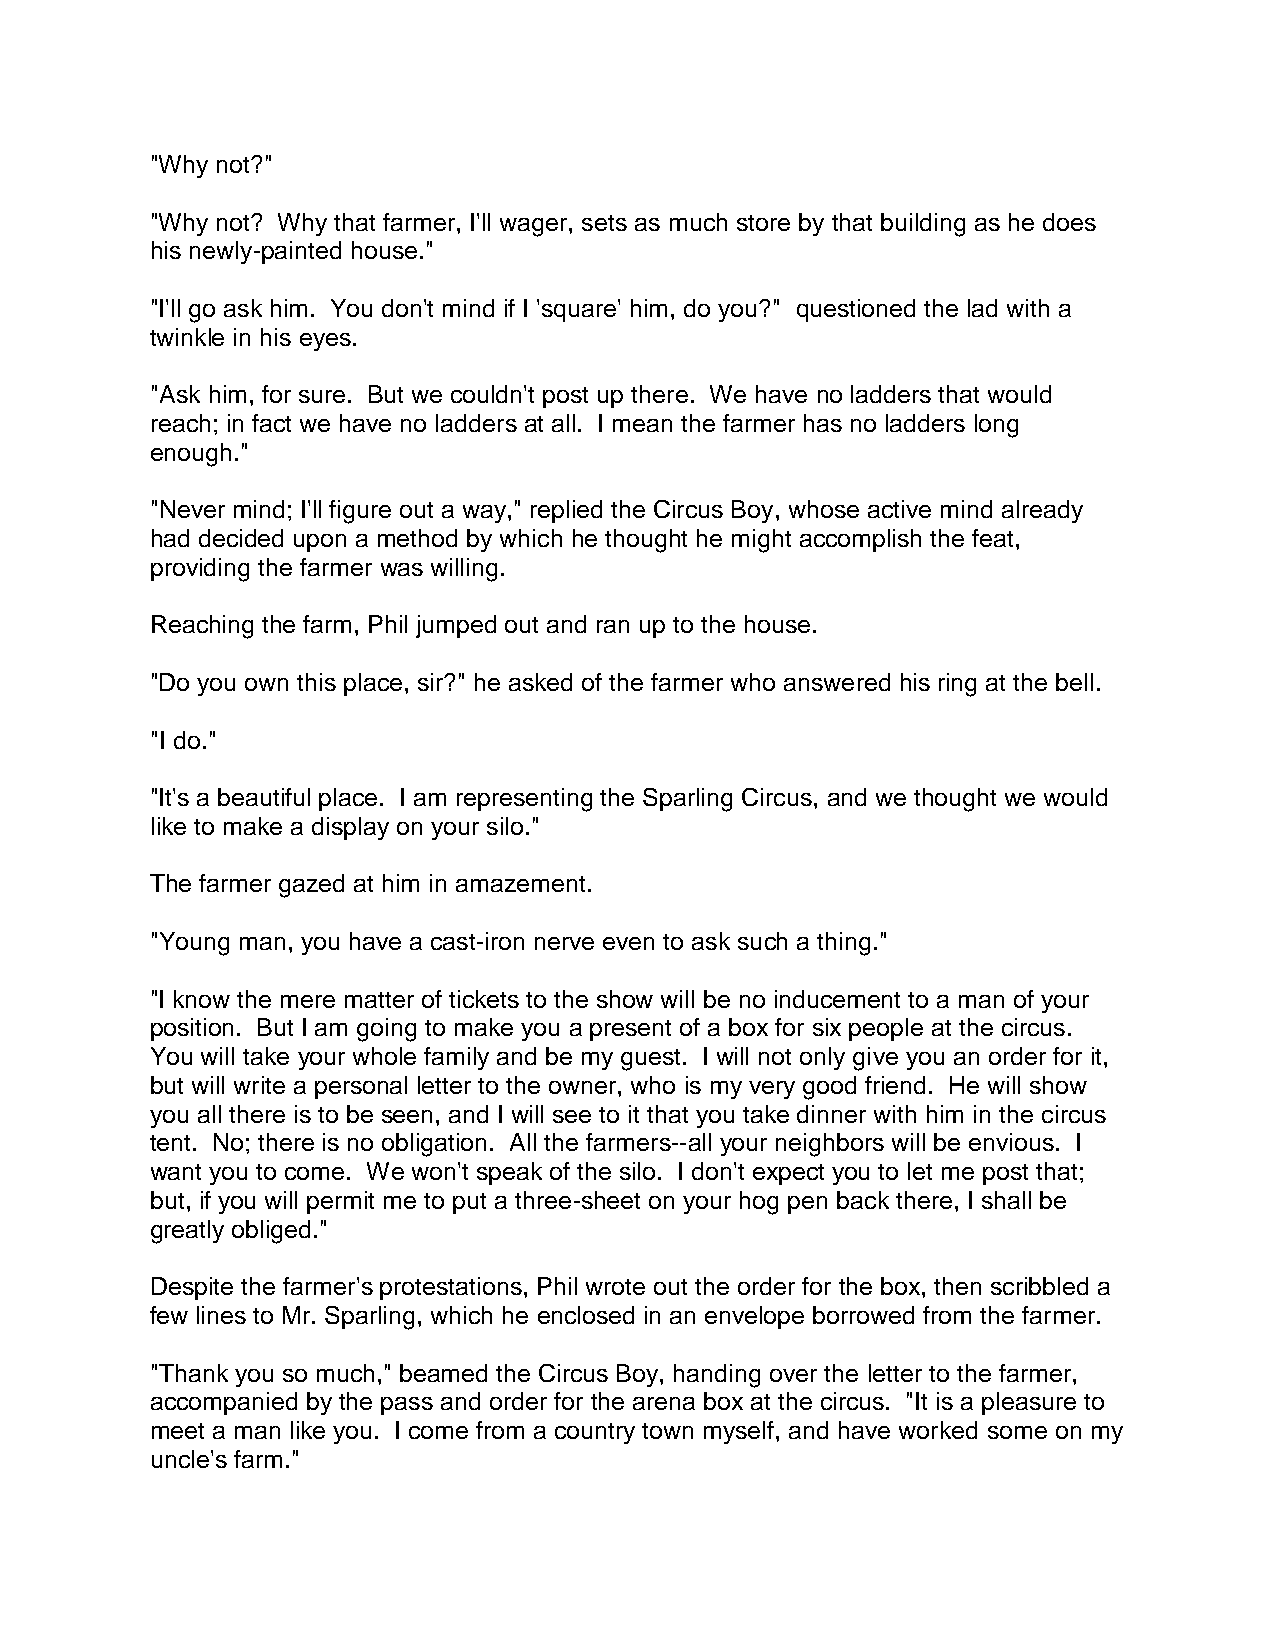
"Why not?"
 "Why not? Why that farmer, I'll wager, sets as much store by that building as he does
 his newly-painted house."
 "I'll go ask him. You don't mind if I 'square' him, do you?" questioned the lad with a
 twinkle in his eyes.
 "Ask him, for sure. But we couldn't post up there. We have no ladders that would
 reach; in fact we have no ladders at all. I mean the farmer has no ladders long
 enough."
 "Never mind; I'll figure out a way," replied the Circus Boy, whose active mind already
 had decided upon a method by which he thought he might accomplish the feat,
 providing the farmer was willing.
 Reaching the farm, Phil jumped out and ran up to the house.
 "Do you own this place, sir?" he asked of the farmer who answered his ring at the bell.
 "I do."
 "It's a beautiful place. I am representing the Sparling Circus, and we thought we would
 like to make a display on your silo."
 The farmer gazed at him in amazement.
 "Young man, you have a cast-iron nerve even to ask such a thing."
 "I know the mere matter of tickets to the show will be no inducement to a man of your
 position. But I am going to make you a present of a box for six people at the circus.
 You will take your whole family and be my guest. I will not only give you an order for it,
 but will write a personal letter to the owner, who is my very good friend. He will show
 you all there is to be seen, and I will see to it that you take dinner with him in the circus
 tent. No; there is no obligation. All the farmers--all your neighbors will be envious. I
 want you to come. We won't speak of the silo. I don't expect you to let me post that;
 but, if you will permit me to put a three-sheet on your hog pen back there, I shall be
 greatly obliged."
 Despite the farmer's protestations, Phil wrote out the order for the box, then scribbled a
 few lines to Mr. Sparling, which he enclosed in an envelope borrowed from the farmer.
 "Thank you so much," beamed the Circus Boy, handing over the letter to the farmer,
 accompanied by the pass and order for the arena box at the circus. "It is a pleasure to
 meet a man like you. I come from a country town myself, and have worked some on my
 uncle's farm."